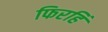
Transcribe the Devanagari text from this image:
फिरहिं